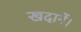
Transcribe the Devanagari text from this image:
खदानें।